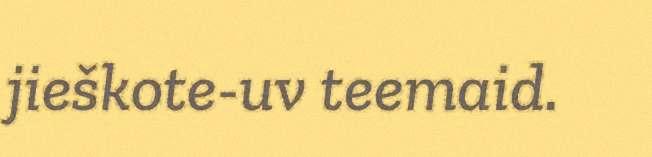
jieškote-uv teemaid.